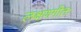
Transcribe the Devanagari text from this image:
लक्षणगीतः